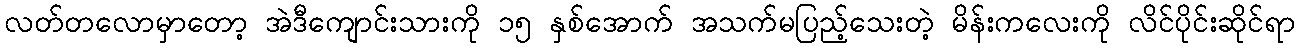
လတ်တလောမှာတော့ အဲဒီကျောင်းသားကို ၁၅ နှစ်အောက် အသက်မပြည့်သေးတဲ့ မိန်းကလေးကို လိင်ပိုင်းဆိုင်ရာ